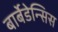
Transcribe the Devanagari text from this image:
बार्बेडेन्सिस